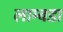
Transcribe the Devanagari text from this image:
लाम्बडा